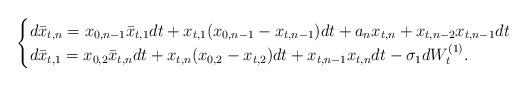
LaTeX: \begin{align*}\begin{cases}d\bar{x}_{t,n} = x_{0,n-1}\bar{x}_{t,1} dt + x_{t,1}(x_{0,n-1} - x_{t,n-1})dt + a_n x_{t,n} + x_{t,n-2}x_{t,n-1}dt \\ d\bar{x}_{t,1} = x_{0,2}\bar{x}_{t,n}dt + x_{t,n}(x_{0,2} - x_{t,2})dt + x_{t,n-1}x_{t,n}dt - \sigma_1 dW_t^{(1)}.\end{cases}\end{align*}